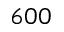
6 0 0